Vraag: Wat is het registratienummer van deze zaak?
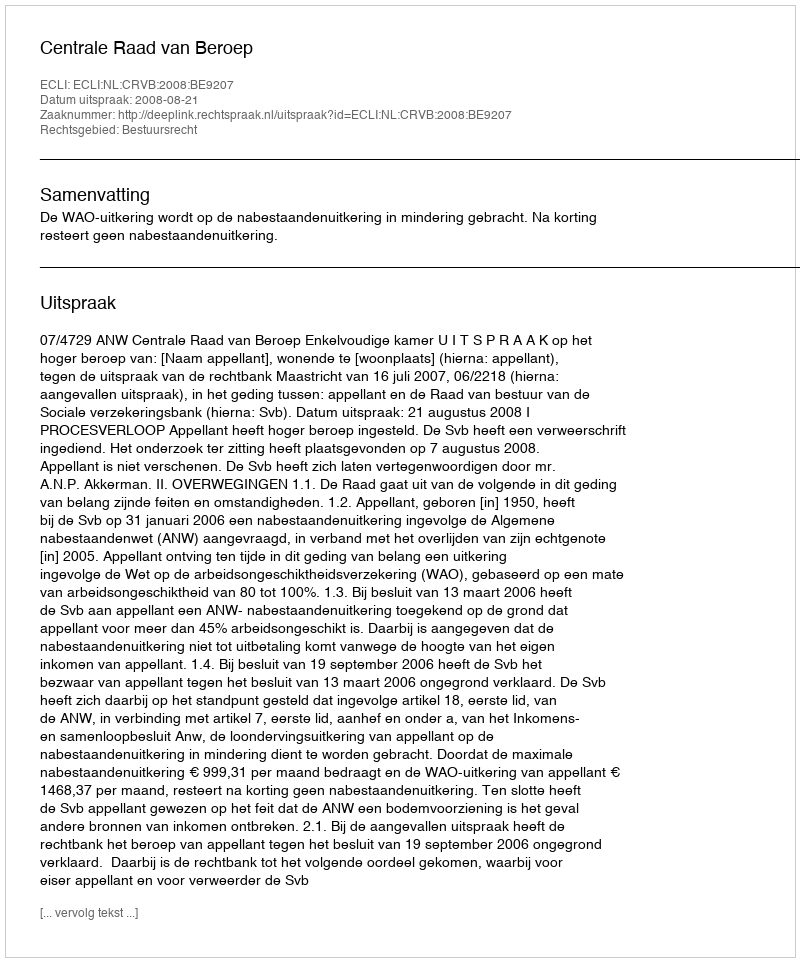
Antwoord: http://deeplink.rechtspraak.nl/uitspraak?id=ECLI:NL:CRVB:2008:BE9207